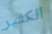
الكثير